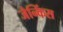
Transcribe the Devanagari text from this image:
जेन्किंस